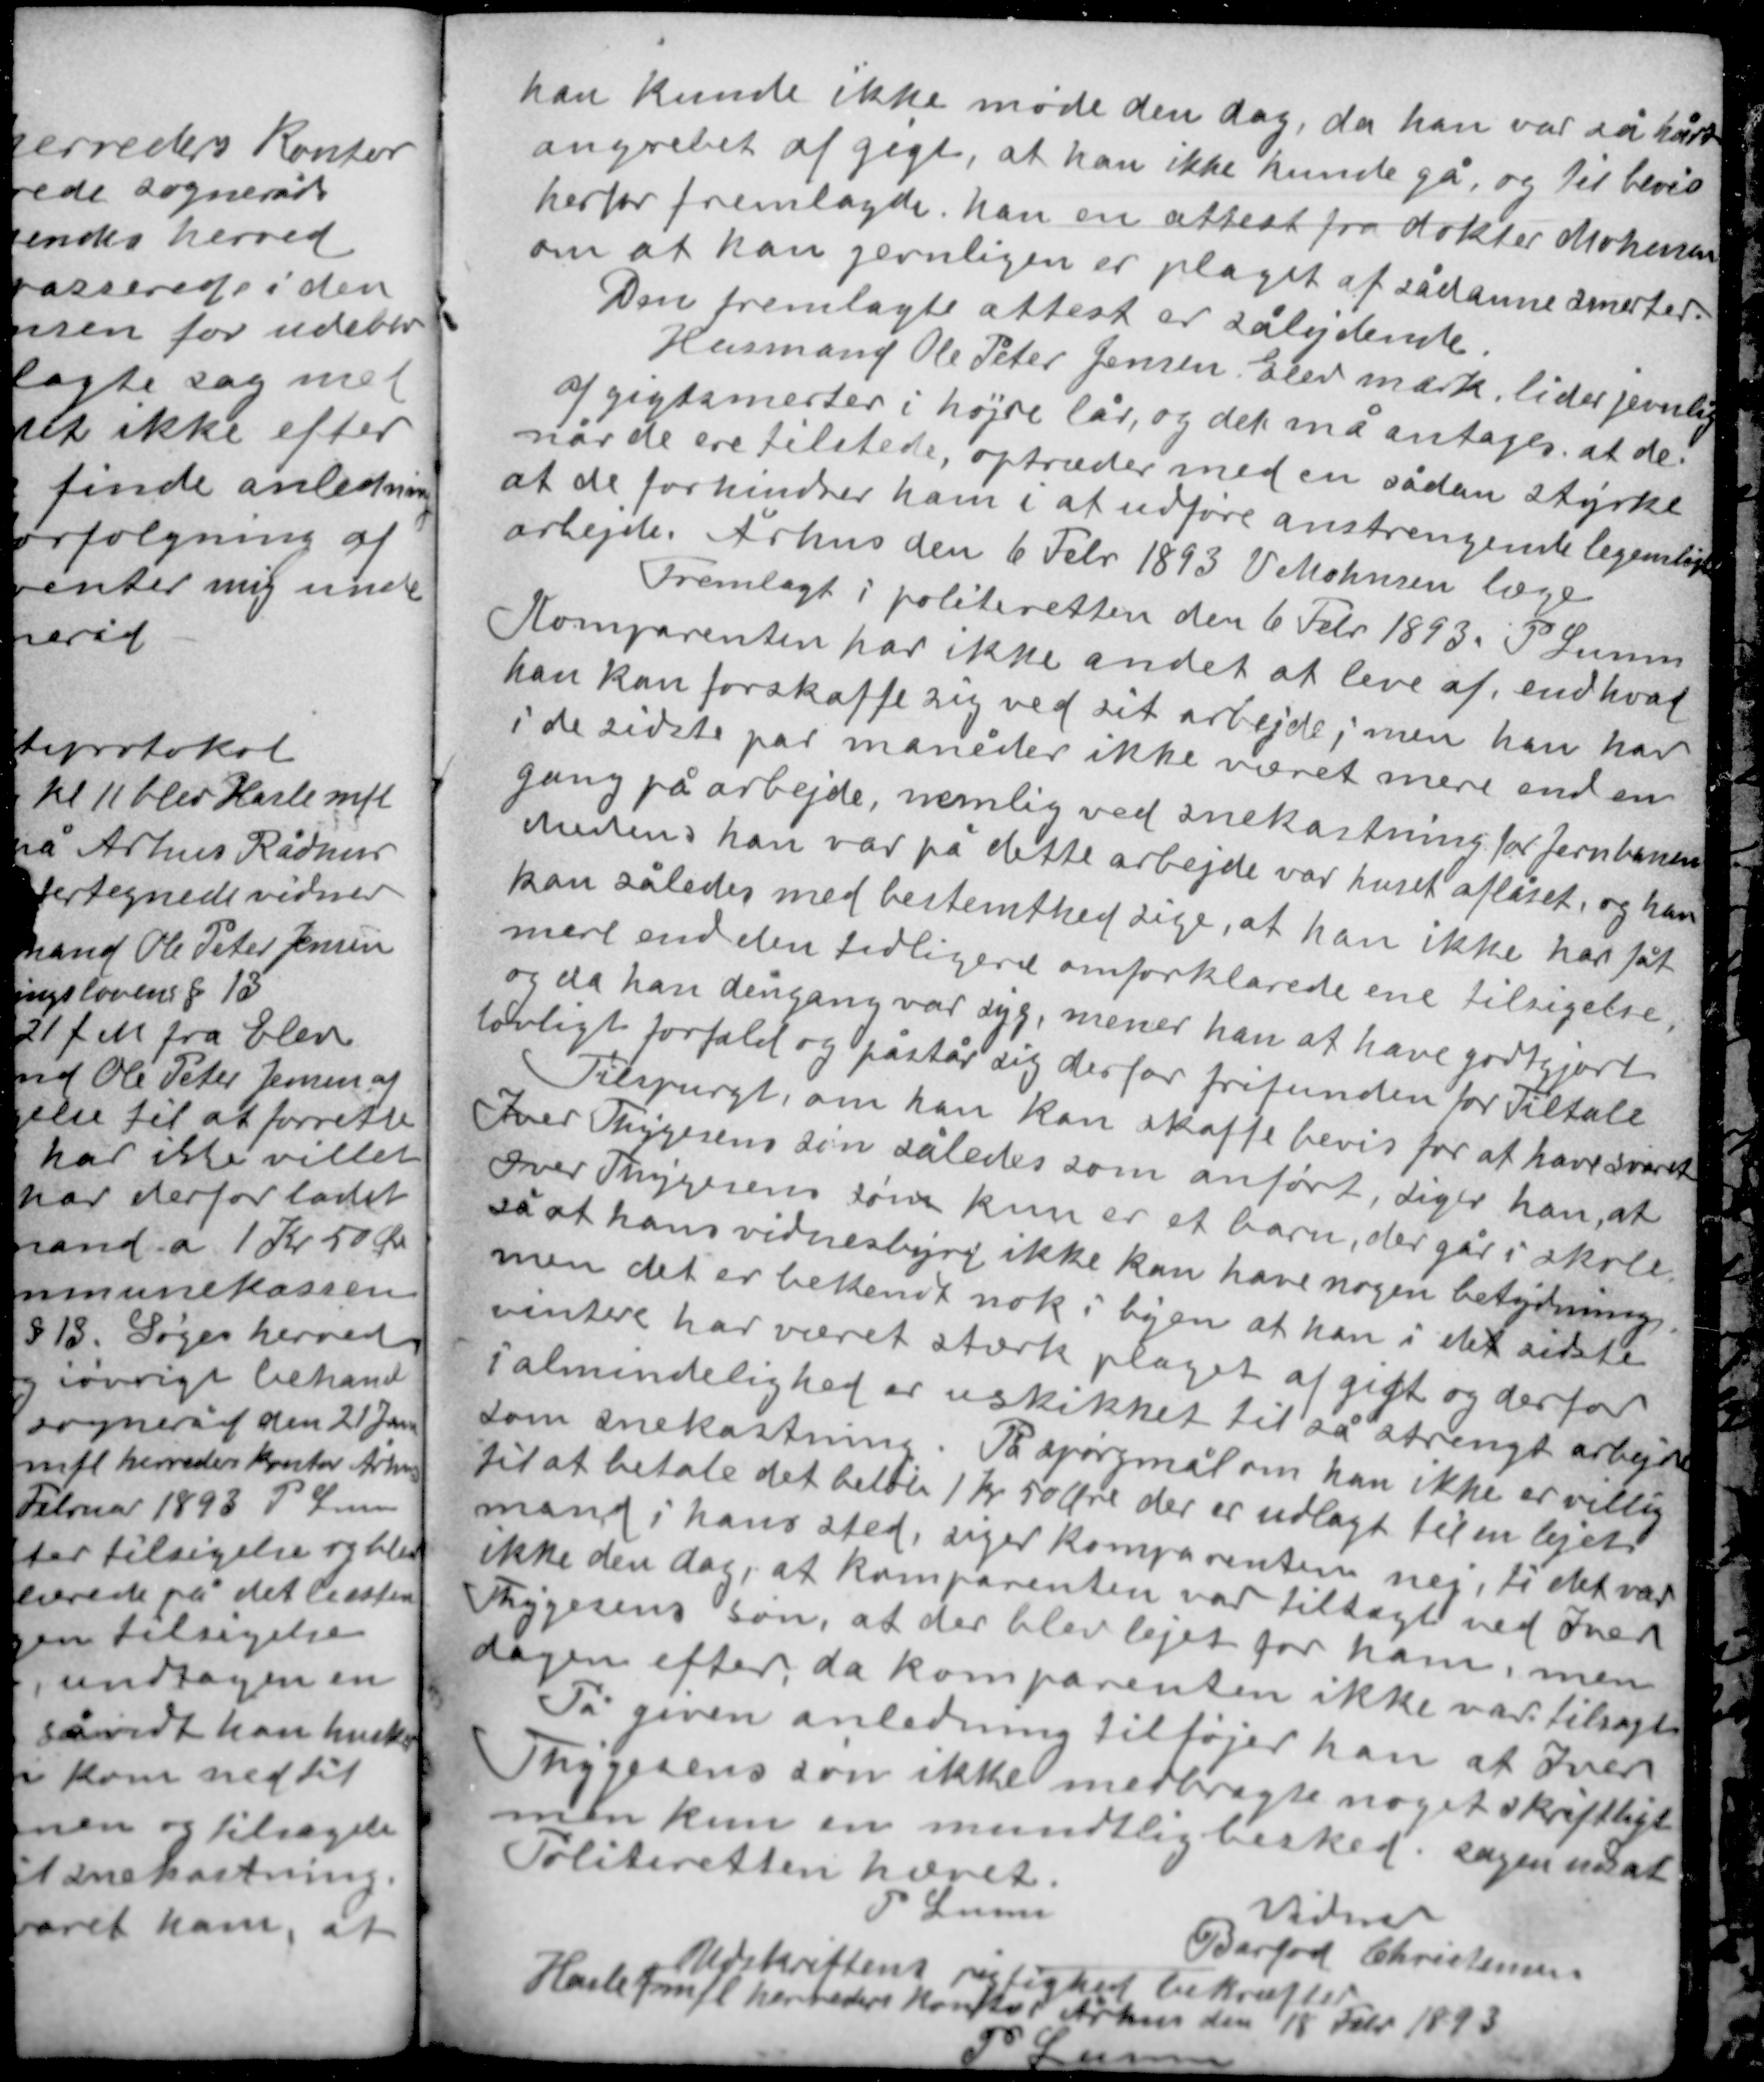
Transskription:
han kunde ikke møde den dag, da han var så hårdt
angrebet af gigt, at han ikke kunde gå, og til bevis
herfor fremlagde han en attest fra doktor Mohnsen
om at han jævnligen er plaget af sådanne smerter.

Den fremlagte attest er sålydende
Husmand Ole Peter Jensen Elev mark lider jævnlig
af gigtsmerter i højre lår, og det må antages at de
når de ere tilstede, optræder med en sådan styrke
at de forhindrer ham i at udføre anstrengende legemligt
arbejde. Århus den 6 Febr 1893 V Mohnsen læge

Fremlagt i politiretten den 6 Febr 1893. P Lunn
Komparenten har ikke andet at leve af end hvad
han kan forskaffe sig ved sit arbejde; men han har
i de sidste par måneder ikke været mere end en
gang på arbejde, nemlig ved snekastning for jernbanen
Medens han var på dette arbejde var huset aflåset, og
han kan således med bestemthed sige, at han ikke har fåt
mere end den tidligere omforklarede ene tilsigelse,
og da han dengang var syg, mener han at have godtgjort
lovligt forfald og påstår sig derfor frifunden for Tiltale.

Tilspurgt, om han kan skaffe bevis for at have svaret
Iver Thygesens søn således som anført, siger han, at
Iver Thygesens søn kun er et barn, der går i skole
så at hans vidnesbyrd ikke kan have nogen betydning
men det er bekendt nok i byen at han i det sidste
vintere har været stærk plaget af gigt og derfor
i almindelighed er uskikket til så strengt arbejde
som snekastning. På spørgsmål om han ikke er villig
til at betale det beløb 1 kr 50 øre der er udlagt til en lejet
mand i hans sted, siger komparenten nej, ti det var
ikke den dag, at komparenten var tilsagt ved Iver
Thygesens søn, at der blev lejet for ham, men
dagen efter, da komparenten ikke var tilsagt.

På given anledning tilføjer han at Iver
Thygesens søn ikke medbragte noget skriftligt
men kun en mundtlig besked. sagen udsat
Politiretten hævet
P Lunn
Vidner
Barfod Christensen
Udskriftens rigtighed bekræftes
Hasle mfl herreders kontor Århus den 18 Febr 1893
P Lunn